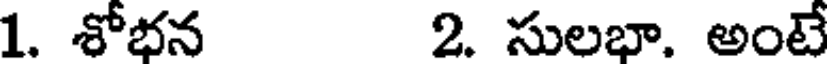
1. శోభన 2. సులభా. అంటే